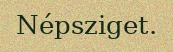
Népsziget.